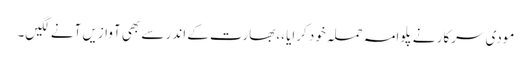
مودی سرکار نے پلوامہ حملہ خود کرایا ،،بھارت کے اندر سے بھی آوازیں آنے لگیں۔